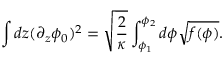
\int d z ( \partial _ { z } \phi _ { 0 } ) ^ { 2 } = \sqrt { \frac { 2 } { \kappa } } \int _ { \phi _ { 1 } } ^ { \phi _ { 2 } } d \phi \sqrt { f ( \phi ) } .